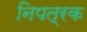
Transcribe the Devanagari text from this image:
निपत्रक